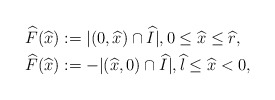
\begin{align*}\begin{aligned}\widehat{F}(\widehat{x})&:=|(0,\widehat x)\cap \widehat{I}|,0\leq \widehat{x}\leq \widehat{r},\\\widehat{F}(\widehat{x})&:=-|(\widehat x,0)\cap \widehat{I}|,\widehat{l}\leq \widehat{x}< 0,\end{aligned}\end{align*}